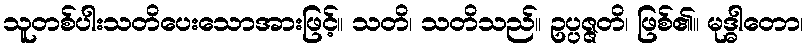
သူတစ်ပါးသတိပေးသောအားဖြင့်။ သတိ၊ သတိသည်။ ဥပ္ပဇ္ဇတိ၊ ဖြစ်၏။ မုဒ္ဓါတော၊